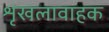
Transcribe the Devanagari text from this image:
शृंखलावाहक